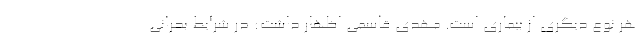
هر نوع دیگری از بیماری است. مهدی قاسمی اظهار داشت: در شرایط بحرانی